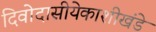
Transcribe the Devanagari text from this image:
दिवोदासीयेकाशीखंडे